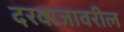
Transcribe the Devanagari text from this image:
दरवाजावरील